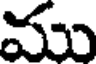
ము